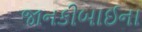
જાનકીબાઈના